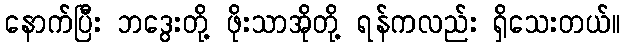
နောက်ပြီး ဘဒွေးတို့ ဖိုးသာအိုတို့ ရန်ကလည်း ရှိသေးတယ်။